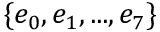
\{ e _ { 0 } , e _ { 1 } , . . . , e _ { 7 } \}